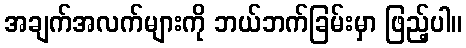
အချက်အလက်များကို ဘယ်ဘက်ခြမ်းမှာ ဖြည့်ပါ။